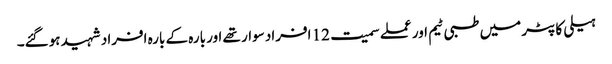
ہیلی کاپٹر میں طبی ٹیم اور عملے سمیت 12 افراد سوار تھے اور بارہ کے بارہ افراد شہید ہوگئے۔